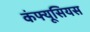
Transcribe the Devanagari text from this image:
कंफ्यूसियस